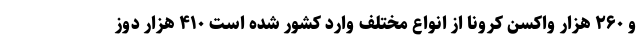
و ۲۶۰ هزار واکسن کرونا از انواع مختلف وارد کشور شده است ۴۱۰ هزار دوز